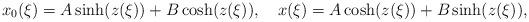
LaTeX: \begin{align*} x_0(\xi) = A \sinh(z(\xi)) + B \cosh(z(\xi)), \quad x(\xi) = A \cosh(z(\xi)) + B \sinh(z(\xi)),\end{align*}